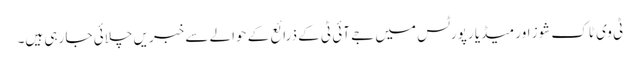
ٹی وی ٹاک شوز اور میڈیا رپورٹس میں جے آئی ٹی کے ذرائع کے حوالے سے خبریں چلائی جا رہی ہیں۔